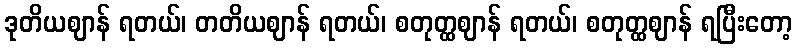
ဒုတိယဈာန် ရတယ်၊ တတိယဈာန် ရတယ်၊ စတုတ္ထဈာန် ရတယ်၊ စတုတ္ထဈာန် ရပြီးတော့